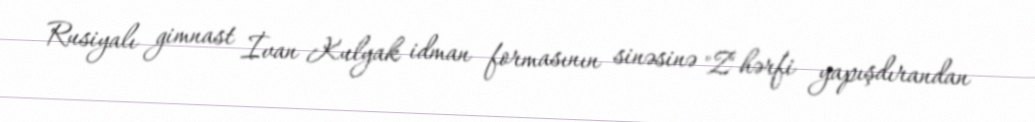
Rusiyalı gimnast İvan Kulyak idman formasının sinəsinə "Z" hərfi yapışdırandan